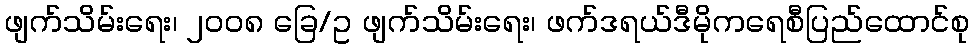
ဖျက်သိမ်းရေး၊ ၂၀၀၈ ခြေ/ဥ ဖျက်သိမ်းရေး၊ ဖက်ဒရယ်ဒီမိုကရေစီပြည်ထောင်စု